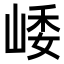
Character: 𡹜